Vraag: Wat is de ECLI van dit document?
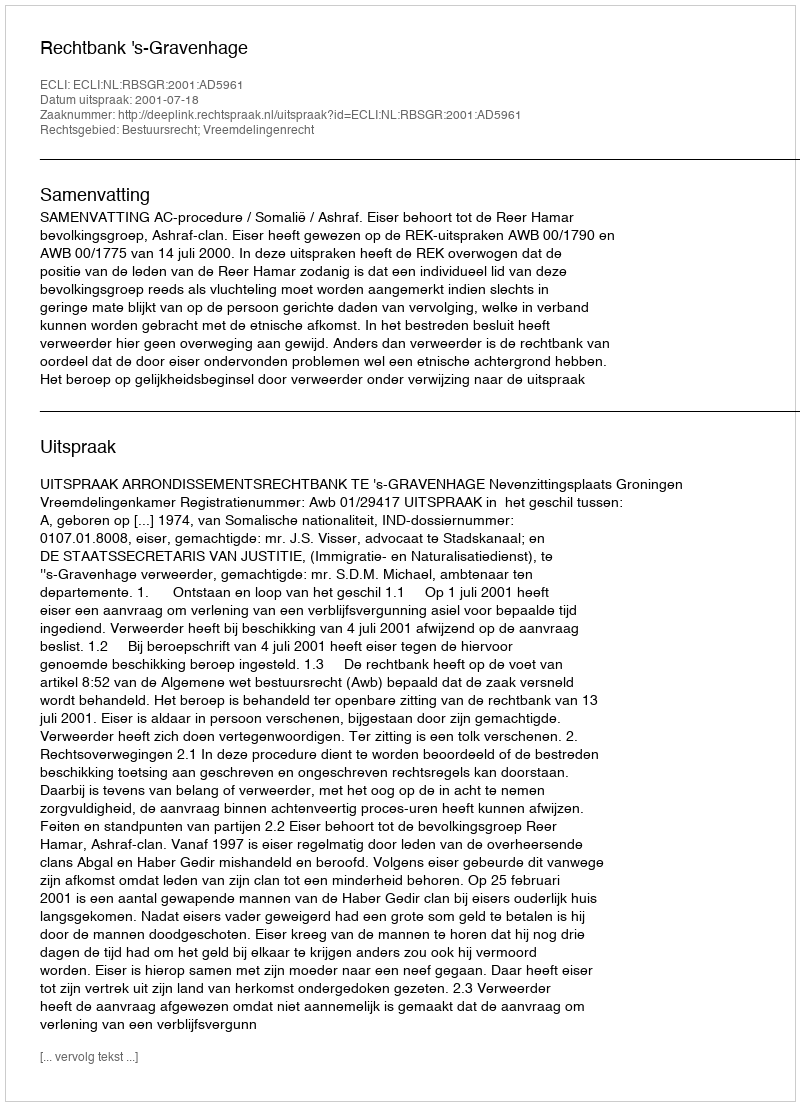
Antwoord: ECLI:NL:RBSGR:2001:AD5961